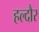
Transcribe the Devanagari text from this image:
हल्दौर